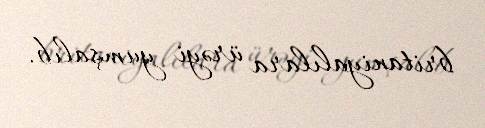
britaniyalılara ürəyi yumşalıb.